Medical and sanitary report on the native army of Bombay for the year
Year: 1877
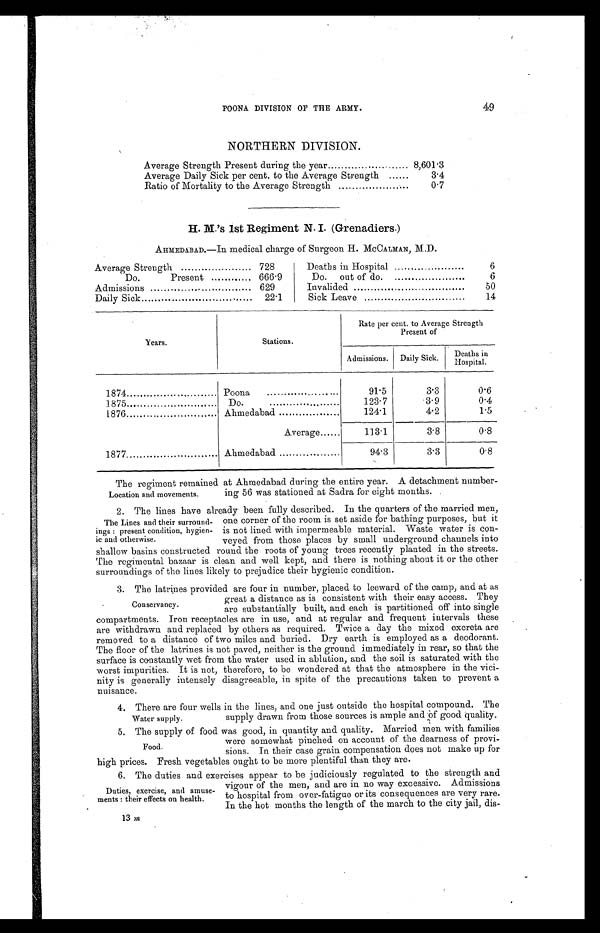
POONA DIVISION OF THE ARMY.
49
NORTHERN DIVISION.
Average Strength Present during the year
8,601.3
Average Daily Sick per cent. to the Average Strength
3.4
Ratio of Mortality to the Average Strength
. . .
0.7
H. M.'s 1st Regiment N. I. (Grenadiers.)
AHMEDABAD.—In medical charge of Surgeon H. McCALMAN, M.D.
Average Strength
728
Deaths in Hospital
6
Do. Present
666.9
Do. out of do.
6
Admissions
629
Invalided
50
Daily Sick
22.1
Sick Leave
14
Years.
Stations.
Rate per cent. to Average Strength
Present of
Admissions. Daily Sick.
Deaths in
H o s p i t a l .
1874
Poona.... .. ....
91.5
3.3
0.6
1875..
Do.
123.7
3.9
0.4
1876
Ahmedabad
124.1
4.2
1.5
Average
113.1
3.8
0.8
1877
Ahmedabad
94.3
3.3
0.8
Location and movements.
The regiment remained at Ahmedabad during the entire year. A detachment number-
ing 56 was stationed at Sadra for eight months.
The Lines and their surround-
ings : present condition, hygien-
ic and otherwise.
2. The lines have already been fully described. In the quarters of the married men,
one corner of the room is set aside for bathing purposes, but it
is not lined with impermeable material. Waste water is con-
veyed from those places by small underground channels into
shallow basins constructed round the roots of young trees recently planted in the streets.
The regimental bazaar is clean and well kept, and there is nothing about it or the other
surroundings of the lines likely to prejudice their hygienic condition.
Conservancy.
3. The latrines provided are four in number, placed to leeward of the camp, and at as
great a distance as is consistent with their easy access. They
are substantially built, and each is partitioned off into single
compartments. Iron receptacles are in use, and at regular and frequent intervals these
are withdrawn and replaced by others as required. Twice a day the mixed excreta are
removed to a distance of two miles and buried. Dry earth is employed as a deodorant.
The floor of the latrines is not paved, neither is the ground immediately in rear, so that the
surface is constantly wet from the water used in ablution, and the soil is saturated with the
worst impurities. It is not, therefore, to be wondered at that the atmosphere in the vici-
nity is generally intensely disagreeable, in spite of the precautions taken to prevent a
nuisance.
Water supply.
4.
There are four wells in the lines, and one just outside the hospital compound. The
supply drawn from those sources is ample and of good quality.
Food.
5.
The supply of food was good, in quantity and quality. Married men with families
were somewhat pinched on account of the dearness of provi-
sions. In their case grain compensation does not make up for
high prices. Fresh vegetables ought to be more plentiful than they are.
Duties, exercise, and amuse-
ments : their effects on health.
6.
The duties and exercises appear to be judiciously regulated to the strength and
vigour of the men, and are in no way excessive. Admissions
to hospital from over-fatigue or its consequences are very rare.
In the hot months the length of the march to the city jail, dis-
13 m